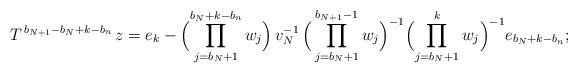
LaTeX: \begin{align*}T^{\,b_{N+1}-b_{N}+k-b_{n}}\,z= e_k-\Bigl( \prod_{j=b_{N}+1}^{b_{N}+k-b_{n}}w_{j}\Bigr)\, v_{N}^{-1} \,\Bigl(\,\prod_{j=b_{N}+1}^{b_{N+1}-1}w_{j}\Bigr)^{-1}\Bigl(\prod_{j=b_{N}+1}^{k}w_{j}\Bigr)^{-1}e_{b_{N}+k-b_{n}};\end{align*}